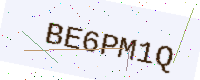
Text: BE6PM1Q